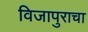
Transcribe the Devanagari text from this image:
विजापुराचा